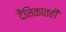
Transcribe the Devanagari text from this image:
दैनिकातही